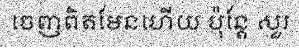
ចេញពិតមែនហើយ ប៉ុន្តែ សួរ